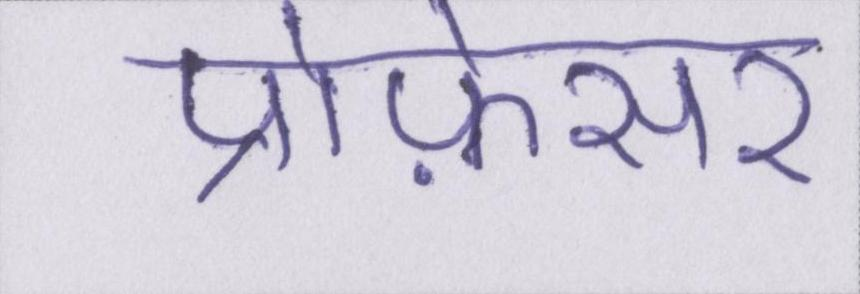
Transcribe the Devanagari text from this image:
प्रोफ़ेसर